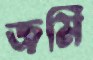
জমি